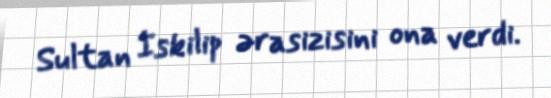
Sultan İskilip ərasizisini ona verdi.